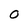
Character: O